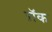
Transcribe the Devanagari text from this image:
ऱॉक